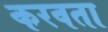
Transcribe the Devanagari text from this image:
करवता